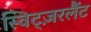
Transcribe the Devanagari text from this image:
स्विट्ज़रलैंट